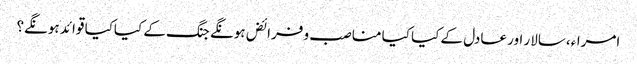
امراء،سالار اور عادل کے کیا کیا مناصب و فرائض ہونگے جنگ کے کیاکیا قوائد ہونگے؟